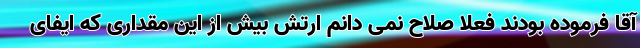
آقا فرموده بودند فعلا صلاح نمی دانم ارتش بیش از این مقداری که ایفای